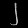
Digit: ၂